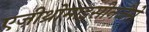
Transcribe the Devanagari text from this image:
एज़ीथ्रोमाइसीनजैसे